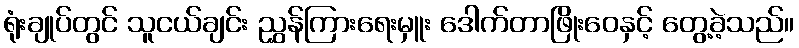
ရုံးချုပ်တွင် သူငယ်ချင်း ညွှန်ကြားရေးမှူး ဒေါက်တာဖြိုးဝေနှင့် တွေ့ခဲ့သည်။